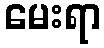
မေးရာ